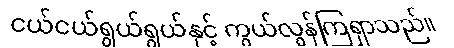
ငယ်ငယ်ရွယ်ရွယ်နှင့် ကွယ်လွန်ကြရှာသည်။